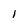
Character: 1